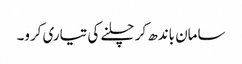
سامان باندھ کر چلنے کی تیاری کرو۔